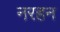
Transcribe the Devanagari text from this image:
नरहन